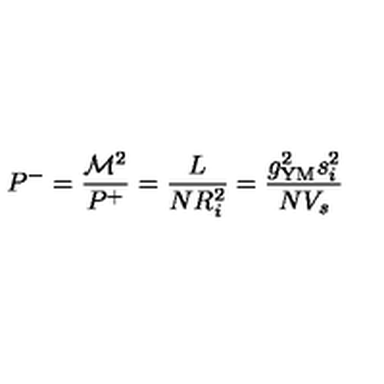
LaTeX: P ^ { - } = \frac { \mathcal { M } ^ { 2 } } { P ^ { + } } = \frac { L } { N R _ { i } ^ { 2 } } = \frac { g _ { \mathrm { Y M } } ^ { 2 } s _ { i } ^ { 2 } } { N V _ { s } }